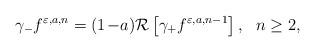
LaTeX: \begin{align*} \gamma_- f^{\varepsilon,a,n} = (1\!-\!a) \mathcal{R}\left[\gamma_+ f^{\varepsilon,a,n-1}\right],\ \ n\geq 2, \end{align*}